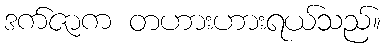
ဒက်ဇာက တဟားဟားရယ်သည်။